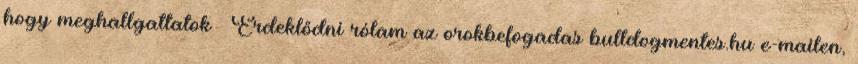
hogy meghallgattatok  Érdeklődni rólam az orokbefogadas bulldogmentes.hu e-mailen,